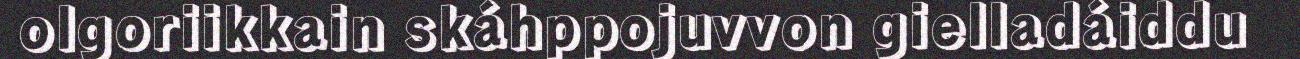
olgoriikkain skáhppojuvvon gielladáiddu